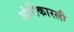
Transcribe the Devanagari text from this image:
अंगीकारली